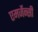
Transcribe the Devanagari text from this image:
एमर्जेन्सी